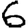
Digit: 6